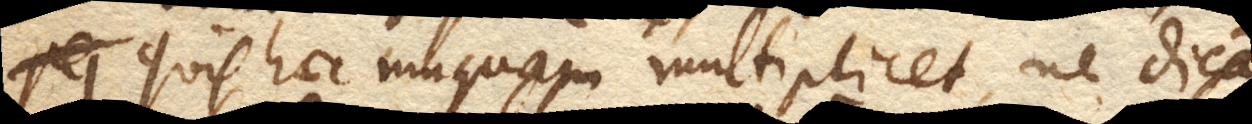
Quis haec umquam multiplicet, ne dicam